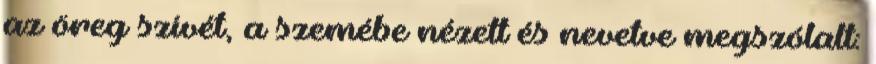
az öreg szívét, a szemébe nézett és nevetve megszólalt: